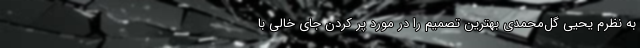
به نظرم یحیی گل‌محمدی بهترین تصمیم را در مورد پر کردن جای خالی با